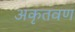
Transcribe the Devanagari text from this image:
अकृतवण